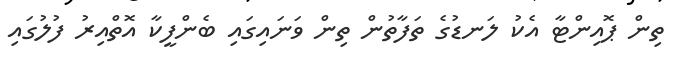
ތިން ޕޮއިންޓާ އެކު ލަނޑުގެ ތަފާތުން ތިން ވަނައިގައި ބެންފީކާ އޮތްއިރު ފުލުގައި